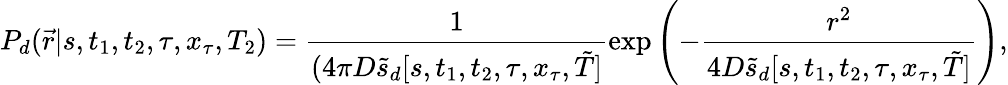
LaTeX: P_{d}(\vec{r}|s,t_{1},t_{2},\tau,x_{\tau},T_{2})=\frac{1}{(4\pi D\tilde{s}_{d}[s,t_{1},t_{2},\tau,x_{\tau},\tilde{T}]}\exp\left(-\frac{r^{2}}{4D\tilde{s}_{d}[s,t_{1},t_{2},\tau,x_{\tau},\tilde{T}]}\right),